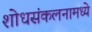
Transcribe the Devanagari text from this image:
शोधसंकलनामध्ये